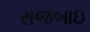
રાજબાઇ